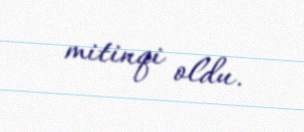
mitinqi oldu.